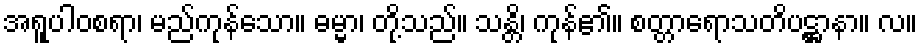
အရူပါဝစရာ၊ မည်ကုန်သော။ ဓမ္မာ၊ တို့သည်။ သန္တိ၊ ကုန်၏။ စတ္တာရောသတိပဋ္ဌာနာ။ လ။